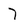
Character: 7